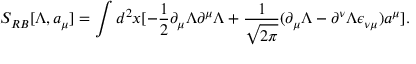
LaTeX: S _ { R B } [ \Lambda , a _ { \mu } ] = \int d ^ { 2 } x [ - \frac { 1 } { 2 } \partial _ { \mu } \Lambda \partial ^ { \mu } \Lambda + \frac { 1 } { \sqrt { 2 \pi } } ( \partial _ { \mu } \Lambda - \partial ^ { \nu } \Lambda \epsilon _ { \nu \mu } ) a ^ { \mu } ] .